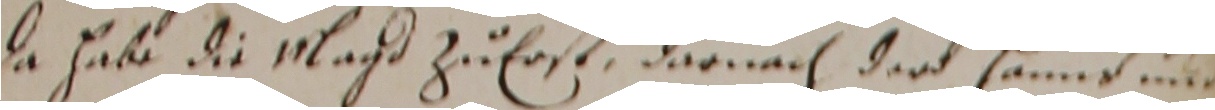
Da habe die magd zu erse, darnach der Hanns und